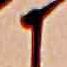
か